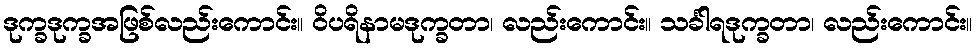
ဒုက္ခဒုက္ခအဖြစ်လည်းကောင်း။ ဝိပရိနာမဒုက္ခတာ၊ လည်းကောင်း။ သင်္ခါရဒုက္ခတာ၊ လည်းကောင်း။